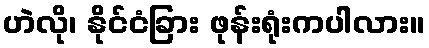
ဟဲလို၊ နိုင်ငံခြား ဖုန်းရုံးကပါလား။